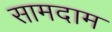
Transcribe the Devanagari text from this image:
सामदाम